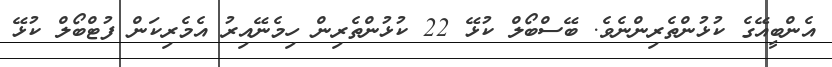
އެންބީއޭގެ ކުޅުންތެރިންނެވެ. ބޭސްބޯލް ކުޅޭ 22 ކުޅުންތެރިން ހިމެނޭއިރު އެމެރިކަން ފުޓްބޯލް ކުޅޭ